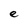
Character: e